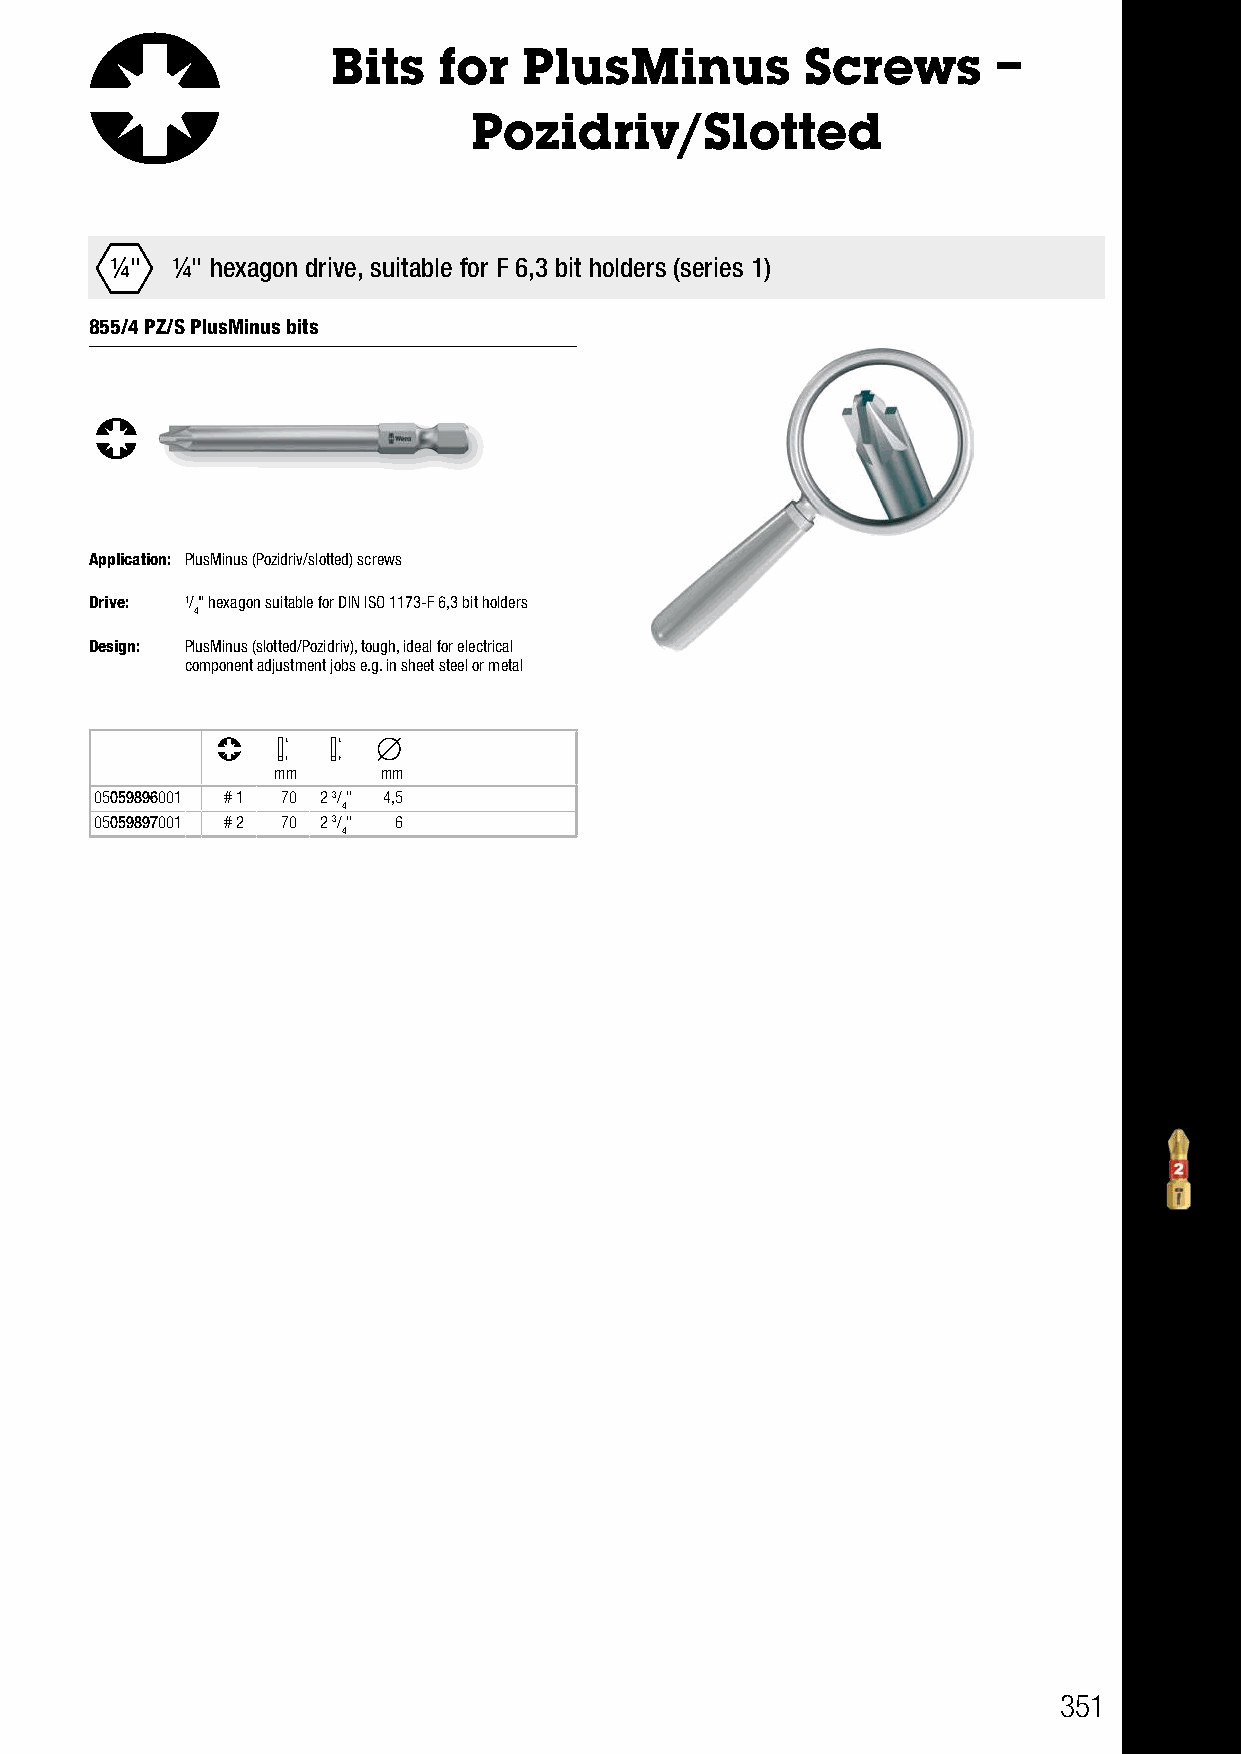
Bits   for   PlusMinus         Screws       –
 Pozidriv/Slotted
 ¼¼"" ¼" hexagon drive, suitable for F 6,3 bit holders (series 1)
 855/4 PZ/S PlusMinus bits
 Application: PlusMinus (Pozidriv/slotted) screws
 Drive: 1/" hexagon suitable for DIN ISO 1173-F 6,3 bit holders
 4
 Design: PlusMinus (slotted/Pozidriv), tough, ideal for electrical
 component adjustment jobs e.g. in sheet steel or metal
 mm     mm
 05059896001 # 1 70 2 3/" 4,5
 4
 05059897001 # 2 70 2 3/" 6
 4
 351